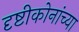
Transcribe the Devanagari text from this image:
दृष्टीकोनांच्या